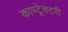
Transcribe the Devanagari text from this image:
काण्ट्रेक्टरी